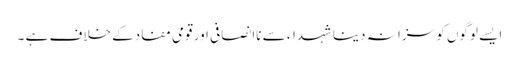
ایسے لوگوں کو سزا نہ دینا شہداء سے ناانصافی اور قومی مفادکے خلاف ہے ۔